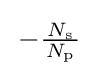
\,-{\tfrac {\,N_{\text{s}}\,}{N_{\text{p}}}}